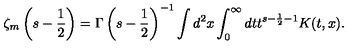
\zeta _ { m } \left( s - \frac 1 2 \right) = \Gamma \left( s - \frac 1 2 \right) ^ { - 1 } \int d ^ { 2 } x \int _ { 0 } ^ { \infty } d t t ^ { s - \frac 1 2 - 1 } K ( t , x ) .